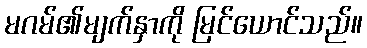
မဂမ်၏မျက်နှာကို မြင်ယောင်သည်။